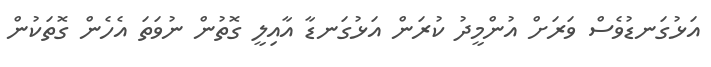
އަޅުގަނޑުވެސް ވަރަށް އުންމީދު ކުރަން އަޅުގަނޑާ އާއިލީ ގޮތުން ނުވަތަ އެހެން ގޮތަކުން